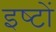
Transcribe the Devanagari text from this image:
इष्‍टों